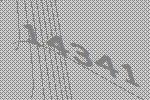
14341